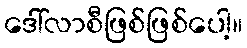
ဒေါ်လာစီဖြစ်ဖြစ်ပေါ့။